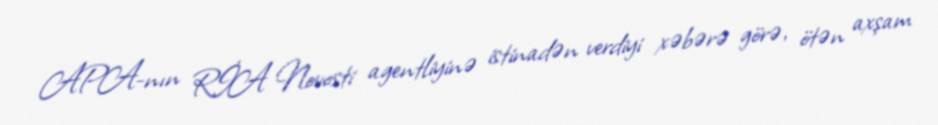
APA-nın RİA Novosti agentliyinə istinadən verdiyi xəbərə görə, ötən axşam